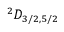
^ 2 D _ { 3 / 2 , 5 / 2 }